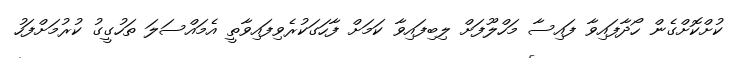
ކުށްކޮށްގެން ހޯދާފައިވާ ފައިސާ މަހްލޫފަށް ލިބިފައިވާ ކަމަށް ފާހަގަކުރެވިފައިވާތީ އެމައްސަލަ ތަހުގީގު ކުރުމަށްފަހު